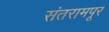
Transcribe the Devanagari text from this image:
संतरामपूर